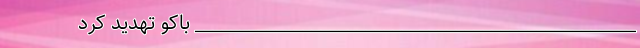
_________________________________________________ باکو تهدید کرد